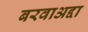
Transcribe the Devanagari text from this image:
बरवाअद्दा